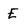
Character: E